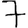
Digit: 7